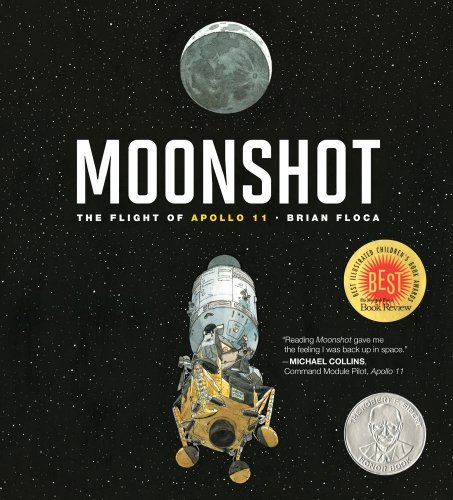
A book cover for Moonshot: The Flight of Apollo 11 (Richard Jackson Books (Atheneum Hardcover)); Brian Floca; Children's Books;